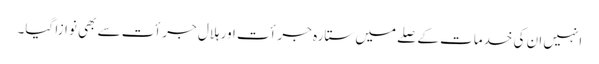
انہیں ان کی خدمات کے صلے میں ستارہ جرأت اور ہلال جرأت سے بھی نوازا گیا۔